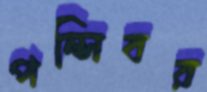
পন্সিবর